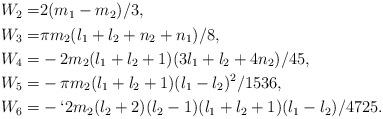
LaTeX: \begin{align*}\begin{aligned}W_2 =&2(m_1-m_2)/3,\\W_3 =&\pi m_2(l_1+l_2+n_2+n_1)/8,\\W_4=&-2m_2(l_1+l_2+1)(3l_1+l_2+4n_2)/45,\\W_5= & -\pi m_2(l_1+l_2+1)(l_1-l_2)^2/1536, \\W_6=& -`2m_2(l_2+2)(l_2-1)(l_1+l_2+1)(l_1-l_2)/4725.\\\end{aligned}\end{align*}